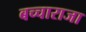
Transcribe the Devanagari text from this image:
बच्‍चाराजा